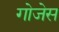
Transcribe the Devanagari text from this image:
गोजेस